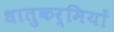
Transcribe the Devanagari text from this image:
धातुकर्मियों